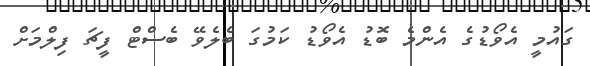
ގައުމީ އެވޯޑުގެ އެންމެ ބޮޑު އެވޯޑު ކަމުގަ ބެލެވޭ ބެސްޓް ފީޗަ ފިލްމަށް